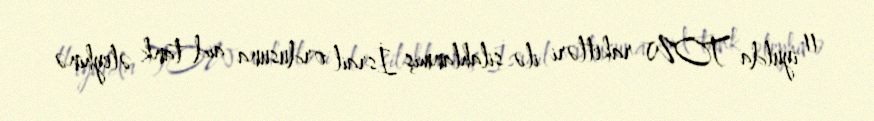
11 iyulda TOW raketləri ilə silahlanmış İsrail ordusuna aid tank əleyhinə